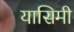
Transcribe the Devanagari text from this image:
यासिमी